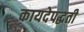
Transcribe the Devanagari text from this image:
कायदेपद्धती